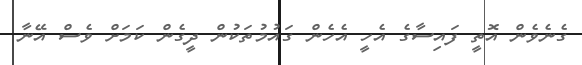
ގެނެވެން އޮތީ ފައިސާގެ އެހީ އެހެން ގައުމުތަކުން ދީގެން ކަމަށް ވެސް އޭނާ